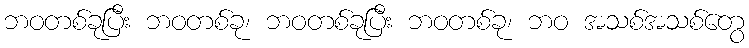
ဘဝတစ်ခုပြီး ဘဝတစ်ခု၊ ဘဝတစ်ခုပြီး ဘဝတစ်ခု၊ ဘဝ အသစ်အသစ်တွေ